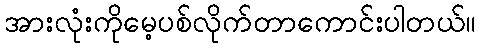
အားလုံးကိုမေ့ပစ်လိုက်တာကောင်းပါတယ်။